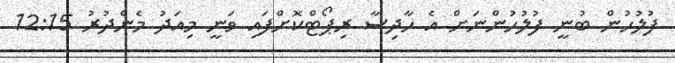
ފުލުހުން ބުނީ ފުލުހުންނަށް އެ ހާދިސާ ރިޕޯޓްކޮށްފައި ވަނީ މިއަދު މެންދުރު 12:15